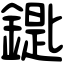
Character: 𨫞